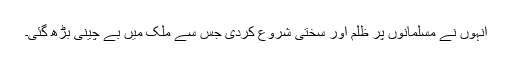
انہوں نے مسلمانوں پر ظلم اور سختی شروع کردی جس سے ملک میں بے چینی بڑھ گئی۔